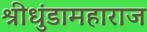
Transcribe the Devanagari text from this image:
श्रीधुंडामहाराज